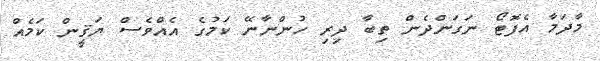
މާދަމާ އެފޮޓޯ ނަގަންދެން ތިބާ ދިރި ހުންނާނޭ ކަމުގެ އެއްވެސް ޔަޤީން ކަމެއް